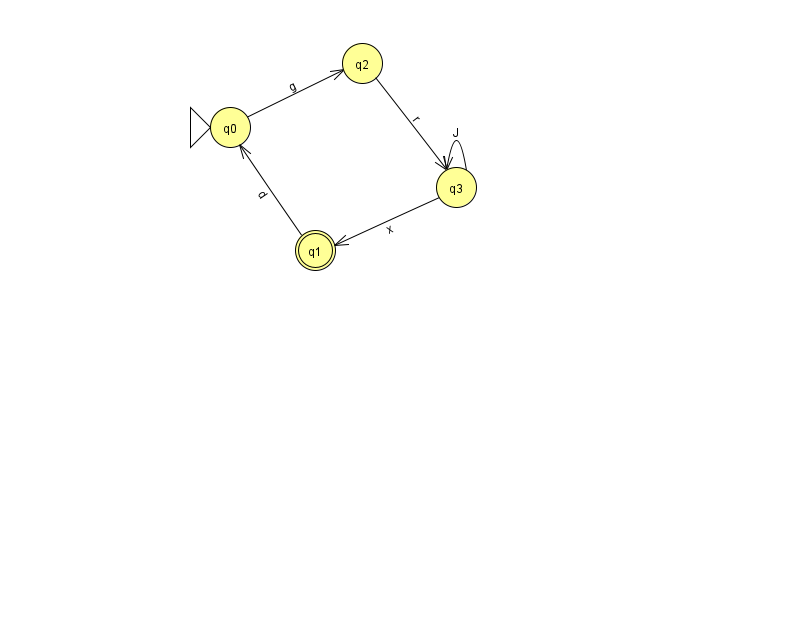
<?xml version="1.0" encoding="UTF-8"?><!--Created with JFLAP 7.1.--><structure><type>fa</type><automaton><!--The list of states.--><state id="0" name="q0"><x>230.0</x><y>114.0</y><initial/></state><state id="1" name="q1"><x>315.0</x><y>237.0</y><final/></state><state id="2" name="q2"><x>362.0</x><y>50.0</y></state><state id="3" name="q3"><x>456.0</x><y>174.0</y></state><!--The list of transitions.--><transition><from>1</from><to>0</to><read>d</read></transition><transition><from>0</from><to>2</to><read>g</read></transition><transition><from>2</from><to>3</to><read>r</read></transition><transition><from>3</from><to>3</to><read>J</read></transition><transition><from>3</from><to>1</to><read>x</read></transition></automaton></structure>